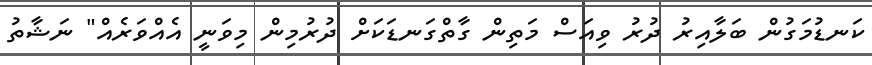
ކަނޑުމަގުން ބަލާއިރު ދުރު ވިއަސް މަތިން ގާތްގަނޑަކަށް ދުރުމިން މިވަނީ އެއްވަރެއް" ނަޝާތު